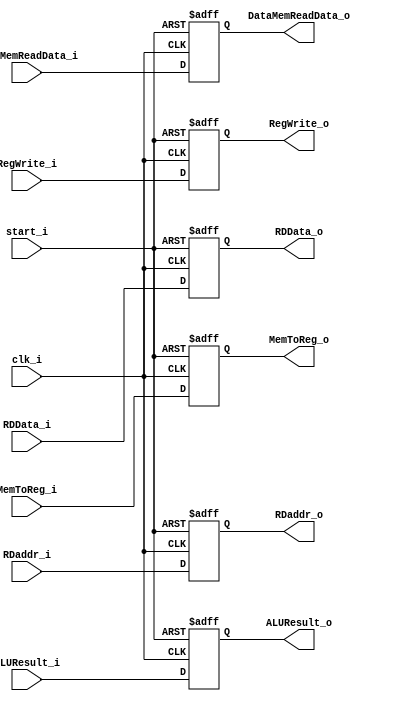
////                                                              ////
////  RISC-V Designe                                              ////
////                                                              ////
////  https://github.com/Abdelazeem201                            ////
////                                                              ////
////  Description                                                 ////
////  Designed RTL of RISC-V system in Verilog                    ////
////                                                              ////
////                                                              ////
////  Author(s):                                                  ////
////      - Ahmed Abdelazeen, ahmed-abdelazeem@outlook.com        ////
////                                                              ////
//////////////////////////////////////////////////////////////////////
module MEM_WB(
	input 	wire 			clk_i,
	input 	wire 			start_i,
	input	wire	[31:0]	ALUResult_i,
	input	wire	[31:0]	RDData_i,
	input	wire	[4:0]	RDaddr_i,
	input 	wire 			RegWrite_i,
	input 	wire 			MemToReg_i,
	input	wire	[31:0]	DataMemReadData_i,
	output	reg		[31:0]	ALUResult_o,
	output	reg		[31:0]	RDData_o,
	output	reg		[4:0]	RDaddr_o,
	output	reg				RegWrite_o,
	output	reg				MemToReg_o,
	output	reg		[31:0]	DataMemReadData_o
);

always@(posedge clk_i or negedge start_i) begin
	if(~start_i) begin
		ALUResult_o <= 0;
		RDData_o <= 0;
		RDaddr_o <= 0;
		RegWrite_o <= 0;
		MemToReg_o <= 0;
		DataMemReadData_o<=0;
	end
	else begin
		ALUResult_o <= ALUResult_i;
		RDData_o <= RDData_i;
		RDaddr_o <= RDaddr_i;
		RegWrite_o <= RegWrite_i;
		MemToReg_o <= MemToReg_i;
		DataMemReadData_o <= DataMemReadData_i;
	end
end

endmodule